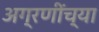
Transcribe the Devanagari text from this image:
अग्रणींच्या